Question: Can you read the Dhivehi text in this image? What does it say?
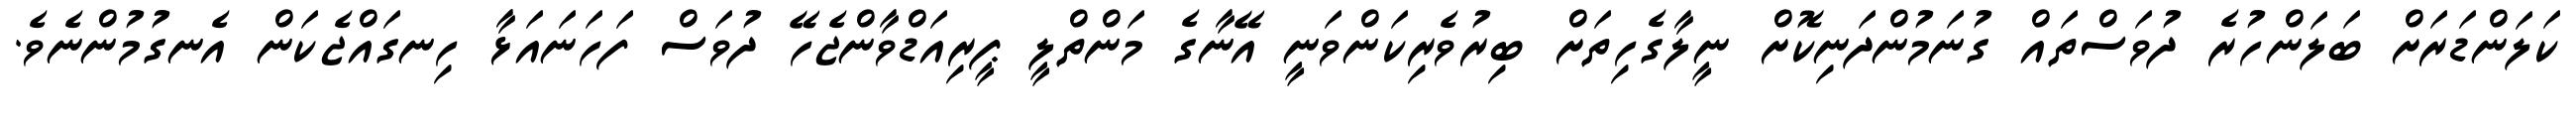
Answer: ކަލަންޑަރަށް ބަލަންހުރެ ދުވަސްތައް ގުނަމުންދަނިކޮށް ނީލާގެހިތަށް ބިރުވެރިކަންވަނީ އޭނާގެ މަންތްލީ ޕީރިއަޑްވާންޖެހޭ ދުވަސް ފަހަނައަޅާ ހިނގައްޖެކަން އެނގުމުންނެވެ.